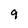
Character: 9